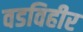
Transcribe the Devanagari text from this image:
वडविहीर